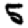
Digit: 5